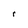
Character: r